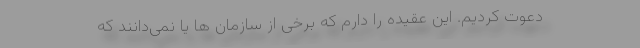
دعوت کردیم. این عقیده را دارم که برخی از سازمان ها یا نمی‌دانند که